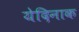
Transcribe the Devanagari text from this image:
येदिनाक